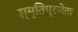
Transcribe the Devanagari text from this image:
स्मृतिप्रणेता